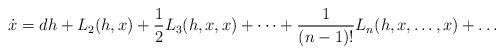
LaTeX: \begin{align*}\dot{x}=dh+L_2(h,x)+\frac12L_3(h,x,x)+\dots+\frac1{(n-1)!}L_n(h,x,\dots,x)+\dots\end{align*}